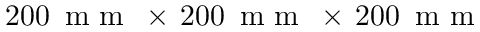
2 0 0 \, \mathrm { ~ m ~ m ~ } \, \times \, 2 0 0 \, \mathrm { ~ m ~ m ~ } \, \times \, 2 0 0 \, \mathrm { ~ m ~ m ~ }